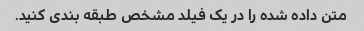
متن داده شده را در یک فیلد مشخص طبقه بندی کنید.